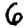
Digit: 6